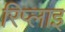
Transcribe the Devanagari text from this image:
रिप्लाइ